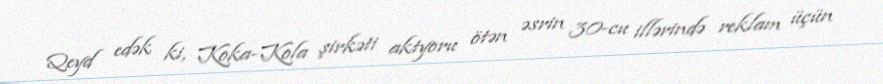
Qeyd edək ki, Koka-Kola şirkəti aktyoru ötən əsrin 30-cu illərində reklam üçün